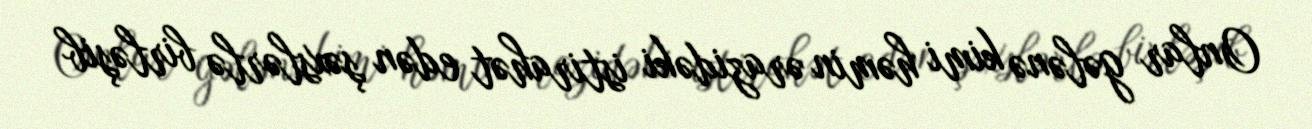
Onlar gələnə kimi həmin ərazidəki istirahət edən şəxslərlə birləşib